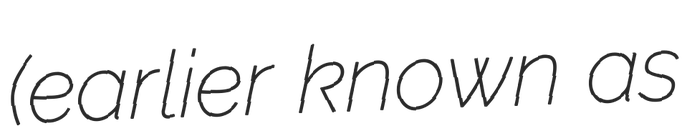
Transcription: (earlier known as